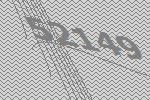
52149